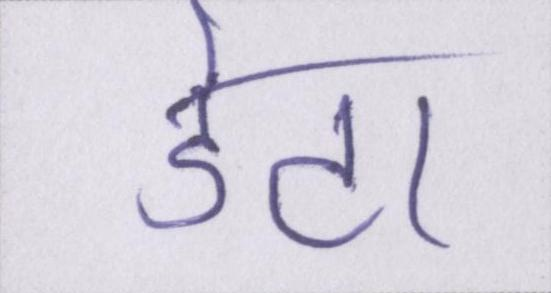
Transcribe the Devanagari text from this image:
डेटा